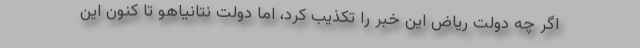
اگر چه دولت ریاض این خبر را تکذیب کرد، اما دولت نتانیاهو تا کنون این